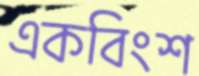
একবিংশ